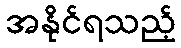
အနိုင်ရသည့်